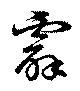
霹